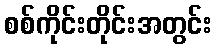
စစ်ကိုင်းတိုင်းအတွင်း